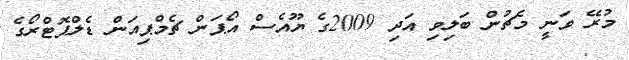
މުރޭ ވަނީ މެޗުން ބަލިވި އަދި 2009ގެ ޔޫއެސް އޯޕަން ޗެމްޕިއަން ޑެލްޕޮޓްރޯގެ